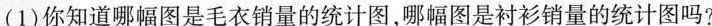
(1)你知道哪幅图是毛衣销量的统计图，哪幅图是衬衫销量的统计图吗?